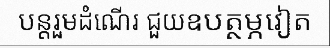
បន្តរួមដំណើរ ជួយឧបត្ថម្ភវៀត